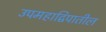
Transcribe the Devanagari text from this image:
उपमहाद्विपातील